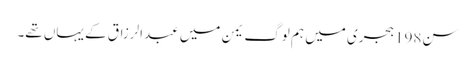
سن198 ہجری میں ہم لوگ یمن میں عبدالرزاق کے یہاں تھے۔